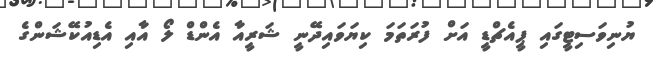
ޔުނިވަސިޓީގައި ޕީއެޗްޑީ އަށް ފުރަތަމަ ކިޔަވައިދޭނީ ޝަރީއާ އެންޑް ލޯ އާއި އެޑިއުކޭޝަންގެ